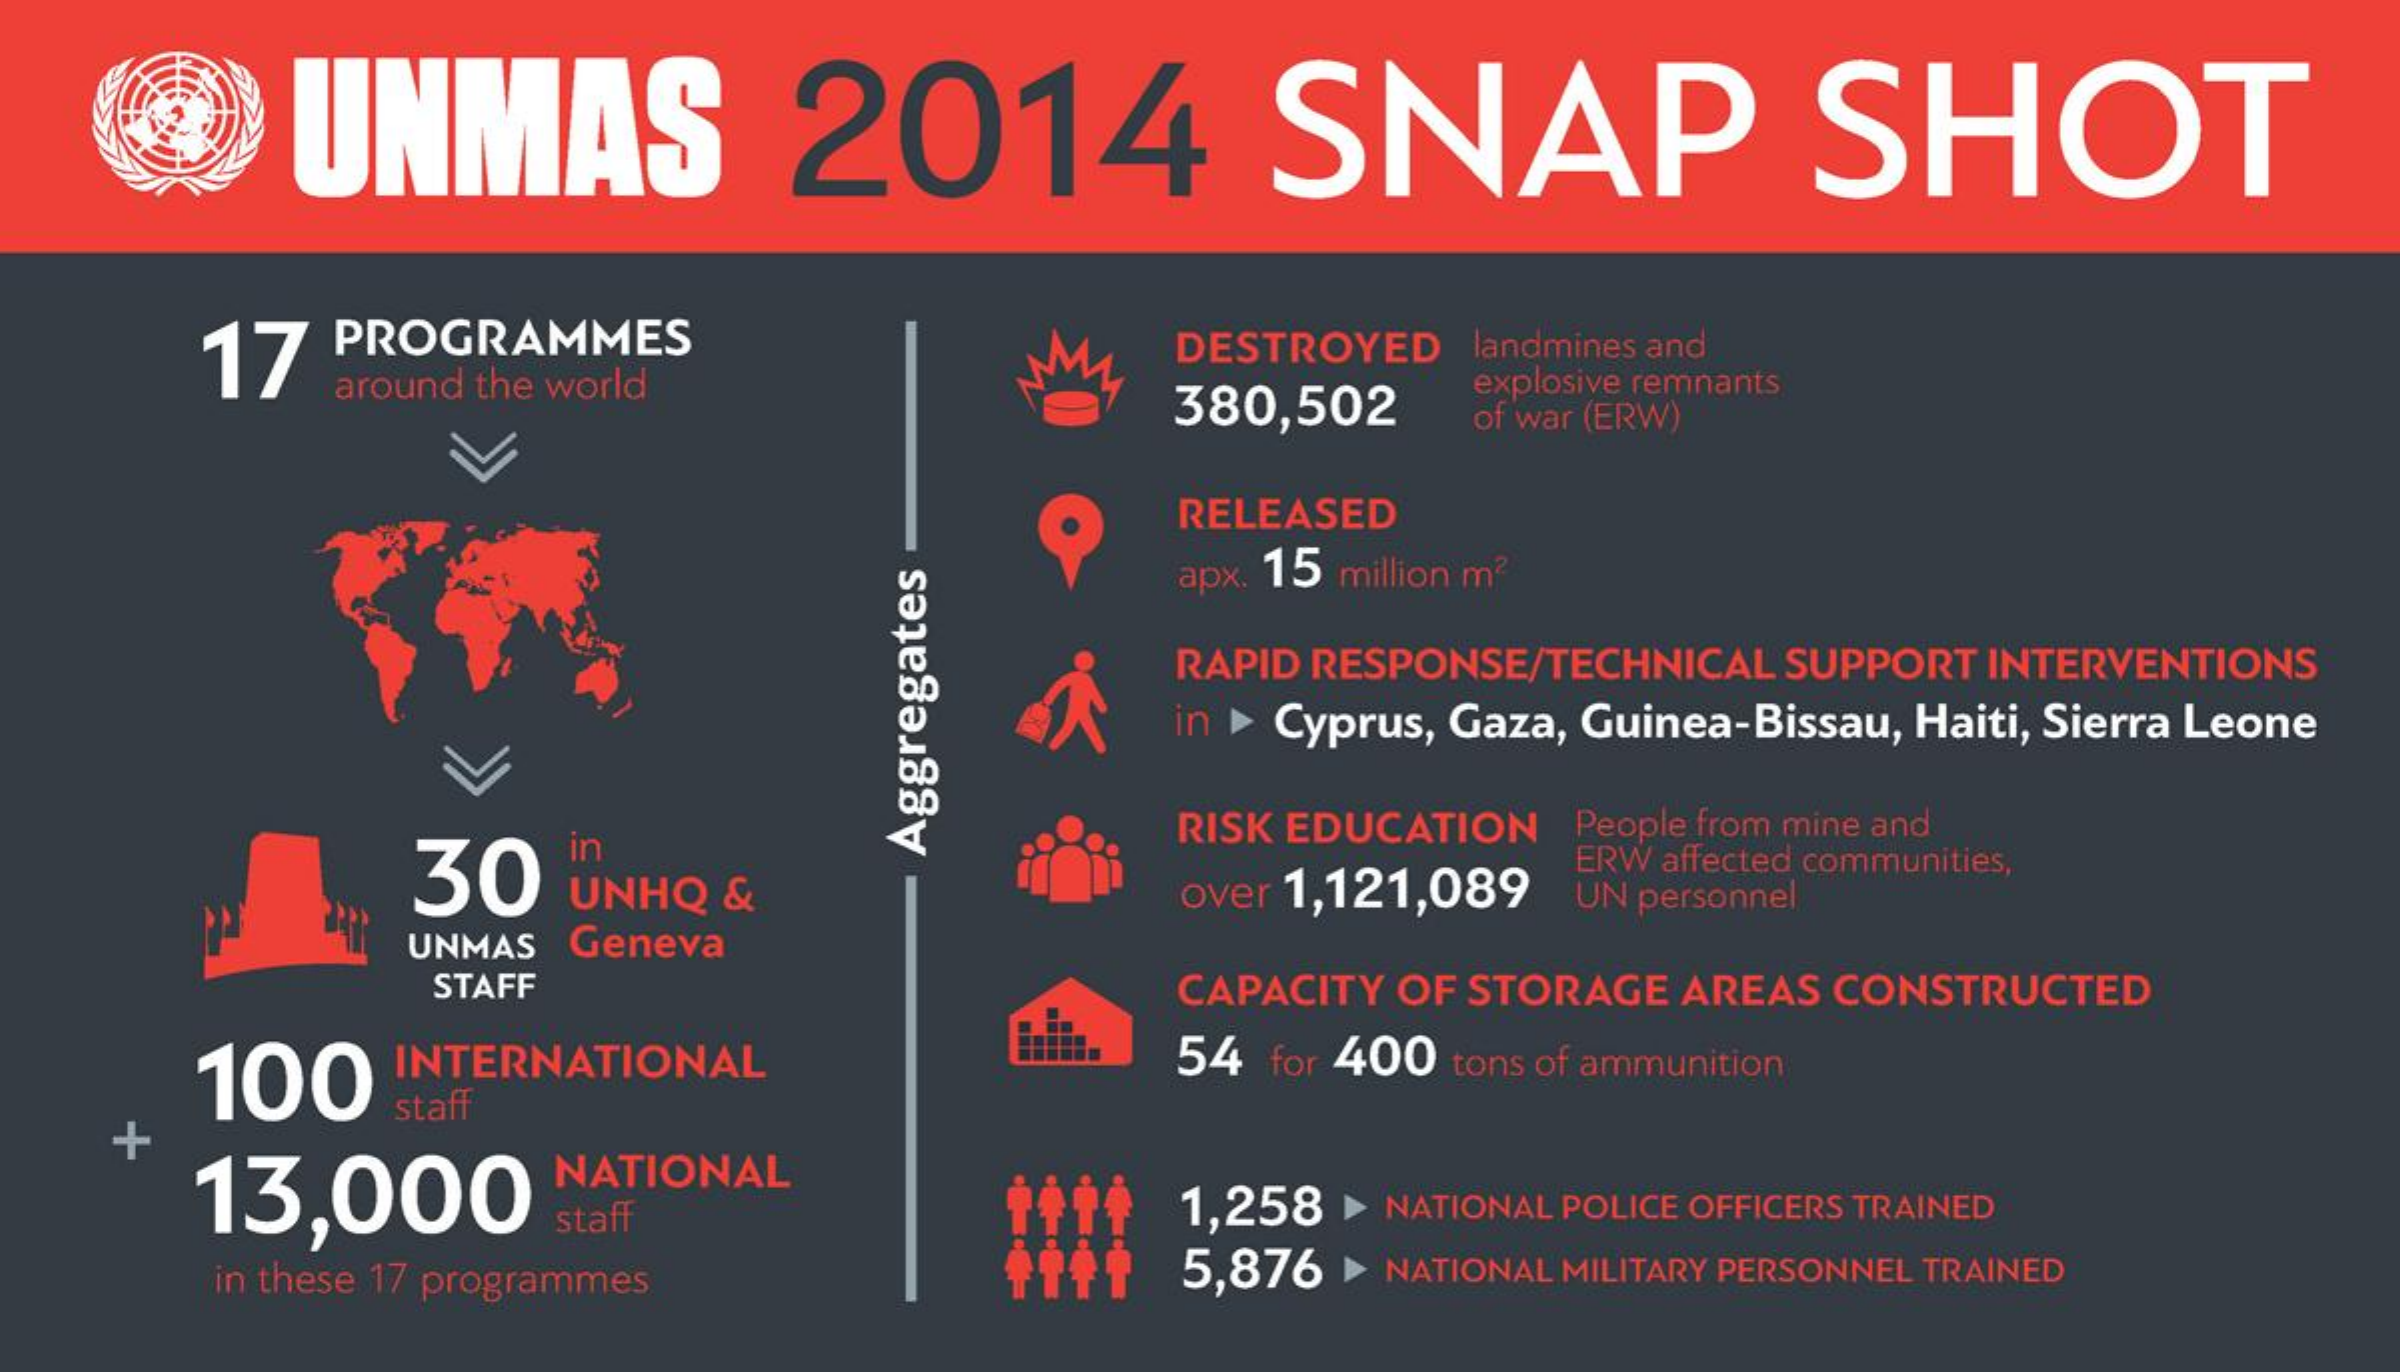
UNMAS    2014    SNAP    SHOT
     17  PROGRAMMES
     around the world
     DESTROYED landmines and
     380,502
     explosive remnants
     of war (ERW)
     RELEASED
     apx. 15 million m2
     RAPID RESPONSE/TECHNICAL SUPPORT INTERVENTIONS
     in > Cyprus, Gaza, Guinea-Bissau, Haiti, Sierra Leone
     30
     in
     RISK EDUCATION People from mine and
     UNHQ &    over 1,121,089
     ERW affected communities,
     Aggregates
     UN personnel
     UNMAS Geneva
     STAFF    CAPACITY OF STORAGE AREAS CONSTRUCTED
     100   INTERNATIONAL    54 for 400 tons of ammunition
     staff
    +
     13,000
     NATIONAL
     staff    1,258 > NATIONAL POLICE OFFICERS TRAINED
     in these 17 programmes    5,876 > NATIONAL MILITARY PERSONNEL TRAINED